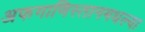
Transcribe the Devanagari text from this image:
अफगाणिस्तानमधल्या